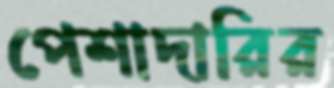
পেশাদারির